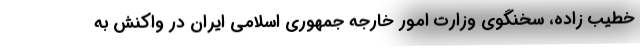
خطیب زاده، سخنگوی وزارت امور خارجه جمهوری اسلامی ایران در واکنش به